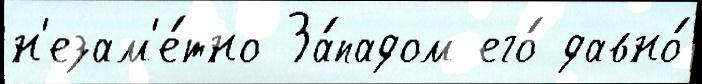
н'езам'е́тно За́падом его́ давно́